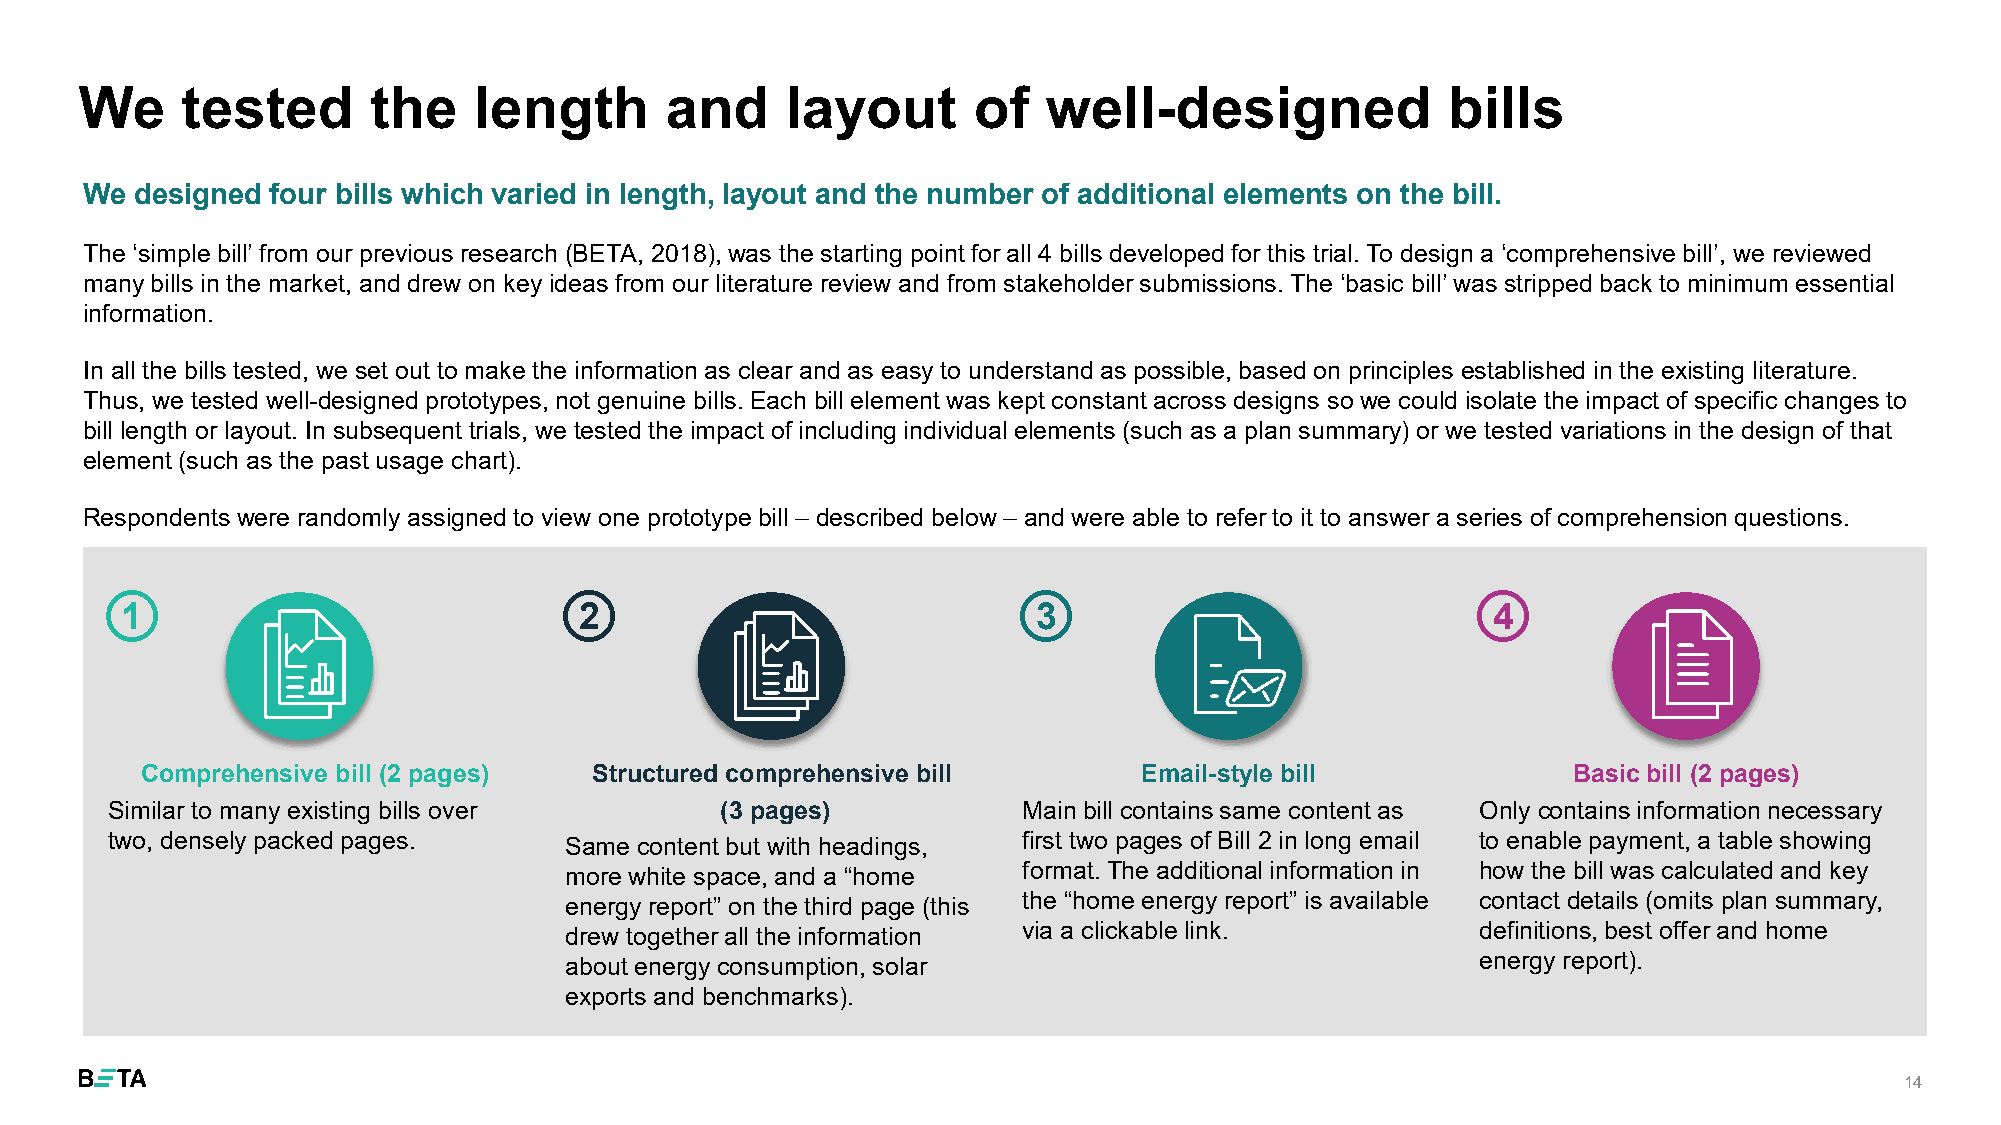
We     tested      the    length       and     layout      of   well-designed              bills
 We designed four bills which varied in length, layout and the number of additional elements on the bill.
 The ‘simple bill’ from our previous research (BETA, 2018), was the starting point for all 4 bills developed for this trial. To design a ‘comprehensive bill’, we reviewed
 many bills in the market, and drew on key ideas from our literature review and from stakeholder submissions. The ‘basic bill’was stripped back to minimum essential
 information.
 In all the bills tested, we set out to make the information as clear and as easy to understand as possible, based on principles established in the existing literature.
 Thus, we tested well-designed prototypes, not genuine bills. Each bill element was kept constant across designs so we could isolate the impact of specific changes to
 bill length or layout. In subsequent trials, we tested the impact of including individual elements (such as a plan summary) or we tested variations in the design of that
 element (such as the past usage chart).
 Respondents were randomly assigned to view one prototype bill – described below – and were able to refer to it to answer a series of comprehension questions.
 1                             2                              3                             4
 Comprehensive bill (2 pages)  Structured comprehensive bill        Email-style bill            Basic bill (2 pages)
 Similar to many existing bills over      (3 pages)           Main bill contains same content as Only contains information necessary
 two, densely packed pages.    Same content but with headings, first two pages of Bill 2 in long email to enable payment, a table showing
 more white space, and a “home  format. The additional information in how the bill was calculated and key
 energy report” on the third page (this the “home energy report” is available contact details (omits plan summary,
 drew together all the information via a clickable link.      definitions, best offer and home
 about energy consumption, solar                              energy report).
 exports and benchmarks).
 14